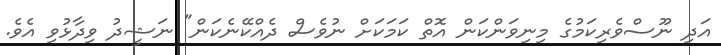
އަދި ނޫސްވެރިކަމުގެ މިނިވަންކަން އޮތް ކަމަކަށް ނުވެސް ދެއްކޭނެކަން" ނަޝީދު ވިދާޅުވި އެެވެ.